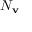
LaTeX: N _ { \mathbf { v } }